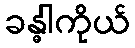
ခန္ဓါကိုယ်